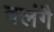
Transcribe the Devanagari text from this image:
वलंगै